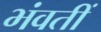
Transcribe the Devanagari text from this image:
भंवतीं